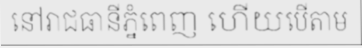
នៅរាជធានីភ្នំពេញ ហើយបើតាម